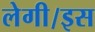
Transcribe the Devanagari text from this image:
लेगी।इस